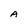
Character: A